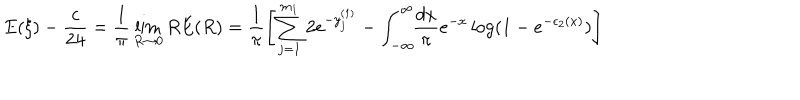
LaTeX: \displaystyle E ( \xi ) - \frac { c } { 2 4 } = \frac { 1 } { \pi } \lim _ { R \rightarrow 0 } R E ( R ) = \displaystyle \frac { 1 } { \pi } \left[ \sum _ { j = 1 } ^ { m _ { 1 } } 2 e ^ { - y _ { j } ^ { ( 1 ) } } - \int _ { - \infty } ^ { \infty } \! \! \frac { d x } { \pi } e ^ { - x } \log ( 1 - e ^ { - \epsilon _ { 2 } ( x ) } ) \right]